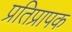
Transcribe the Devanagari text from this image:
प्रतिप्रापक